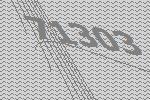
71303